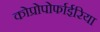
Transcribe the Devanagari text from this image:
कोप्रोपोर्फाईरिया